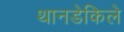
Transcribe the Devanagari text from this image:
थानडेकिले